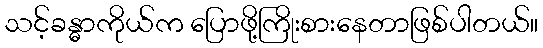
သင့်ခန္ဓာကိုယ်က ပြောဖို့ကြိုးစားနေတာဖြစ်ပါတယ်။